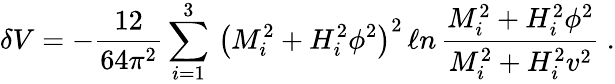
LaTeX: \delta V=-\frac{12}{64\pi^{2}}\sum_{i=1}^{3}\, \left(M_{i}^{2}+H_{i}^{2}\phi^{2}\right)^{2}\, \ell n\, \frac{M_{i}^{2}+H_{i}^{2}\phi^{2}}{M_{i}^{2}+H_{i}^{2}v^{2}}\ .